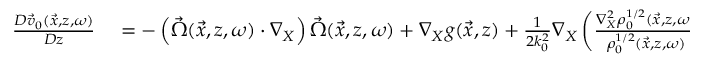
\begin{array} { r l } { \frac { D \vec { v } _ { 0 } ( \vec { x } , z , \omega ) } { D z } } & { { } = - \left( \vec { \Omega } ( \vec { x } , z , \omega ) \cdot \nabla _ { X } \right) \vec { \Omega } ( \vec { x } , z , \omega ) + \nabla _ { X } g ( \vec { x } , z ) + \frac { 1 } { 2 k _ { 0 } ^ { 2 } } \nabla _ { X } \left( \frac { \nabla _ { X } ^ { 2 } \rho _ { 0 } ^ { 1 / 2 } ( \vec { x } , z , \omega ) } { \rho _ { 0 } ^ { 1 / 2 } ( \vec { x } , z , \omega ) } \right) . } \end{array}